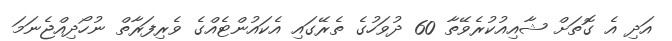
އަދި އެ ގޮތަށް ޝާއިއުކުރެވޭތާ 60 ދުވަހުގެ ތެރޭގައި އެކައުންޓެއްގެ ވެރިފަރާތް ނުހޯދިއްޖެނަމަ